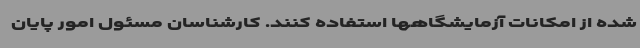
شده از امکانات آزمایشگاهها استفاده کنند. کارشناسان مسئول امور پایان